Civil Veterinary Department. United Provinces 1932-42 - 1932-1942
Year: 1932
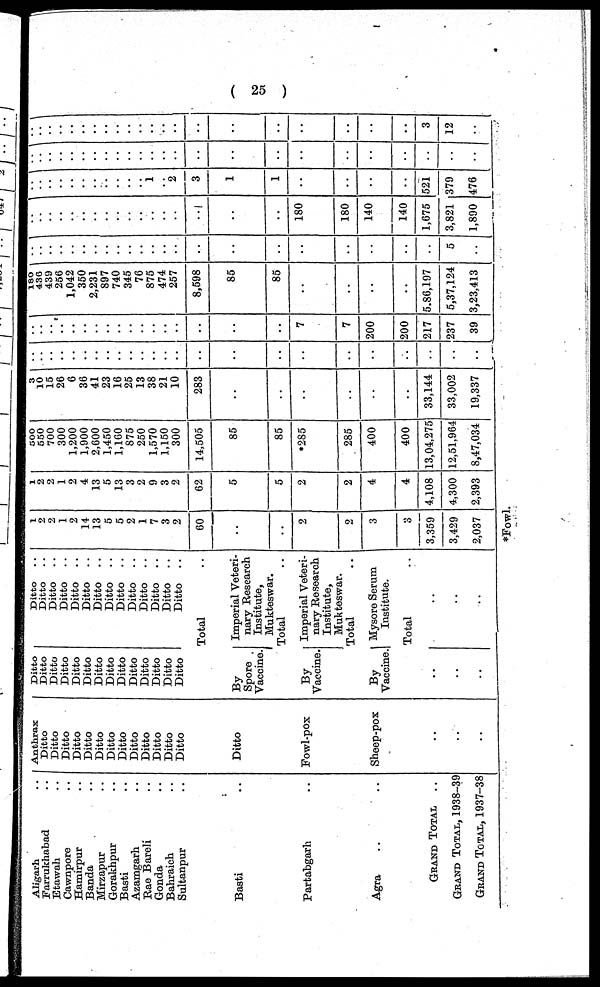
( 25 )
Aligarh ..
Farrukhabad ..
Etawah ..
Cawnpore ..
Hamirpur ..
Mirzapur ..
Gorakhpur ..
Basti ..
Azamgarh .
Rae Bareli ..
Gonda ..
Bahraich ..
Sultanpur ..
Partabgarh ..
Agra .. ..
GRAND
TOTAL
..
GRAND TOTAL , 1938-39
GRAND TOTAL , 1937-38
Anthrax
Ditto
Ditto
Ditto
Ditto
Ditto
Ditto
Ditto
Ditto
Ditto
Ditto
Ditto
Ditto
Ditto
Ditto
Fowl-pox
Sheep-pox
..
..
..
Ditto
Ditto
Ditto
Ditto
Ditto
Ditto
Ditto
Ditto
Ditto
Ditto
Ditto
Ditto
Ditto
Ditto
By
Spore
Vaccine.
By
Vaccine.
By
Vaccine.
..
..
..
Ditto ..
Ditto
..
Ditto ..
Ditto
..
Ditto ..
Ditto
..
Ditto
..
Ditto ..
Ditto
..
Ditto ..
Ditto
..
Ditto ..
Ditto
..
Ditto
..
Total ..
Imperial Veteri-
nary Research
Institute,
Mukteswar.
Total ..
Imperial Veteri-
nary Research
Institute,
Total ..
Mysore Serum
Institute.
Total ..
..
..
..
1
2
2
1
2 14
13
5
5
2
1
7
3 2
60
..
..
2
2
3
3
3,359
3,429
2,037
1
2
2
1
2 4
13
5
13
3
2
9
3 2
62
5
5
2
2
4
4
4,108
4,300
2,393
*Fowl.
500
550
700
300
1,200 1,900
2,600
1,450
1,160
875
250
1,570
1,150 300
14,505
85
85
*285
285
400
400
13,04,275
12,51,964
8,47,034
3
10
15
26
6 36
41
23
16
25
13
38
21 10
283
..
..
..
..
..
..
33,144
33,002
19,337
..
..
..
..
..
..
..
..
..
..
..
..
..
..
..
..
..
..
..
..
..
..
..
..
..
..
..
..
..
..
..
..
..
..
..
..
..
..
..
..
..
7
7
200
200
217
237
39
180
436
439
256
1,042
350
2,231
897
740
345
76
875
474
257
8,598
85
85
..
..
..
..
5,86,197
5,37,124
3,23,413
..
..
..
..
..
..
..
..
..
..
..
..
..
..
..
..
..
..
..
..
..
..
5
..
..
..
..
..
..
..
..
..
..
..
..
..
..
..
..
..
..
180
180
140
140
1,675
3,821
1,890
..
..
..
..
..
..
..
..
..
..
..
1
..
2
3
1
1
..
..
..
..
521
379
476
..
..
..
..
..
..
..
..
..
..
..
..
..
..
..
..
..
..
..
..
..
..
..
..
..
..
..
..
..
..
..
..
..
..
..
..
..
..
..
..
..
..
..
..
..
3
12
..